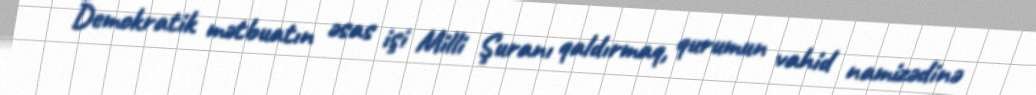
Demokratik mətbuatın əsas işi Milli Şuranı qaldırmaq, qurumun vahid namizədinə